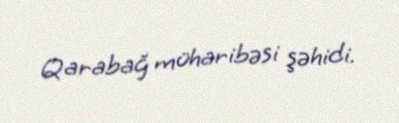
Qarabağ müharibəsi şəhidi.